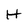
Character: H